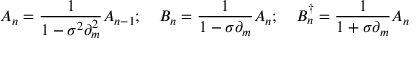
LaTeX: A _ { n } = \frac { 1 } { 1 - \sigma ^ { 2 } \partial _ { m } ^ { 2 } } A _ { n - 1 } ; \quad B _ { n } = \frac { 1 } { 1 - \sigma \partial _ { m } } A _ { n } ; \quad B _ { n } ^ { \dag } = \frac { 1 } { 1 + \sigma \partial _ { m } } A _ { n }